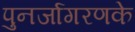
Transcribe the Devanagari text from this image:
पुनर्जागरणके